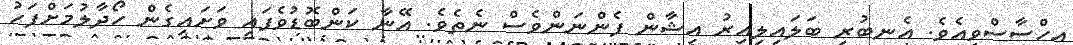
އިހްސާސްވިއެވެ. އެނބުރި ބަލައިލިއިރު އިޝާން ފެންނަންވެސް ނެތެވެ. އޭނާ ކަންބޮޑުވެފައި ވަށައިގެން ހޯދާލުމަށްފަހު